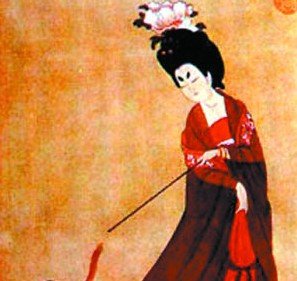
忆与君别年，种桃齐蛾眉。